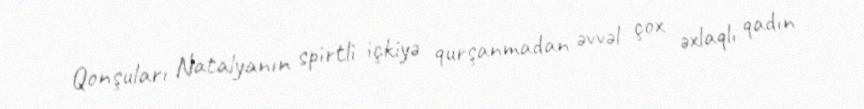
Qonşuları Natalyanın spirtli içkiyə qurşanmadan əvvəl çox əxlaqlı qadın